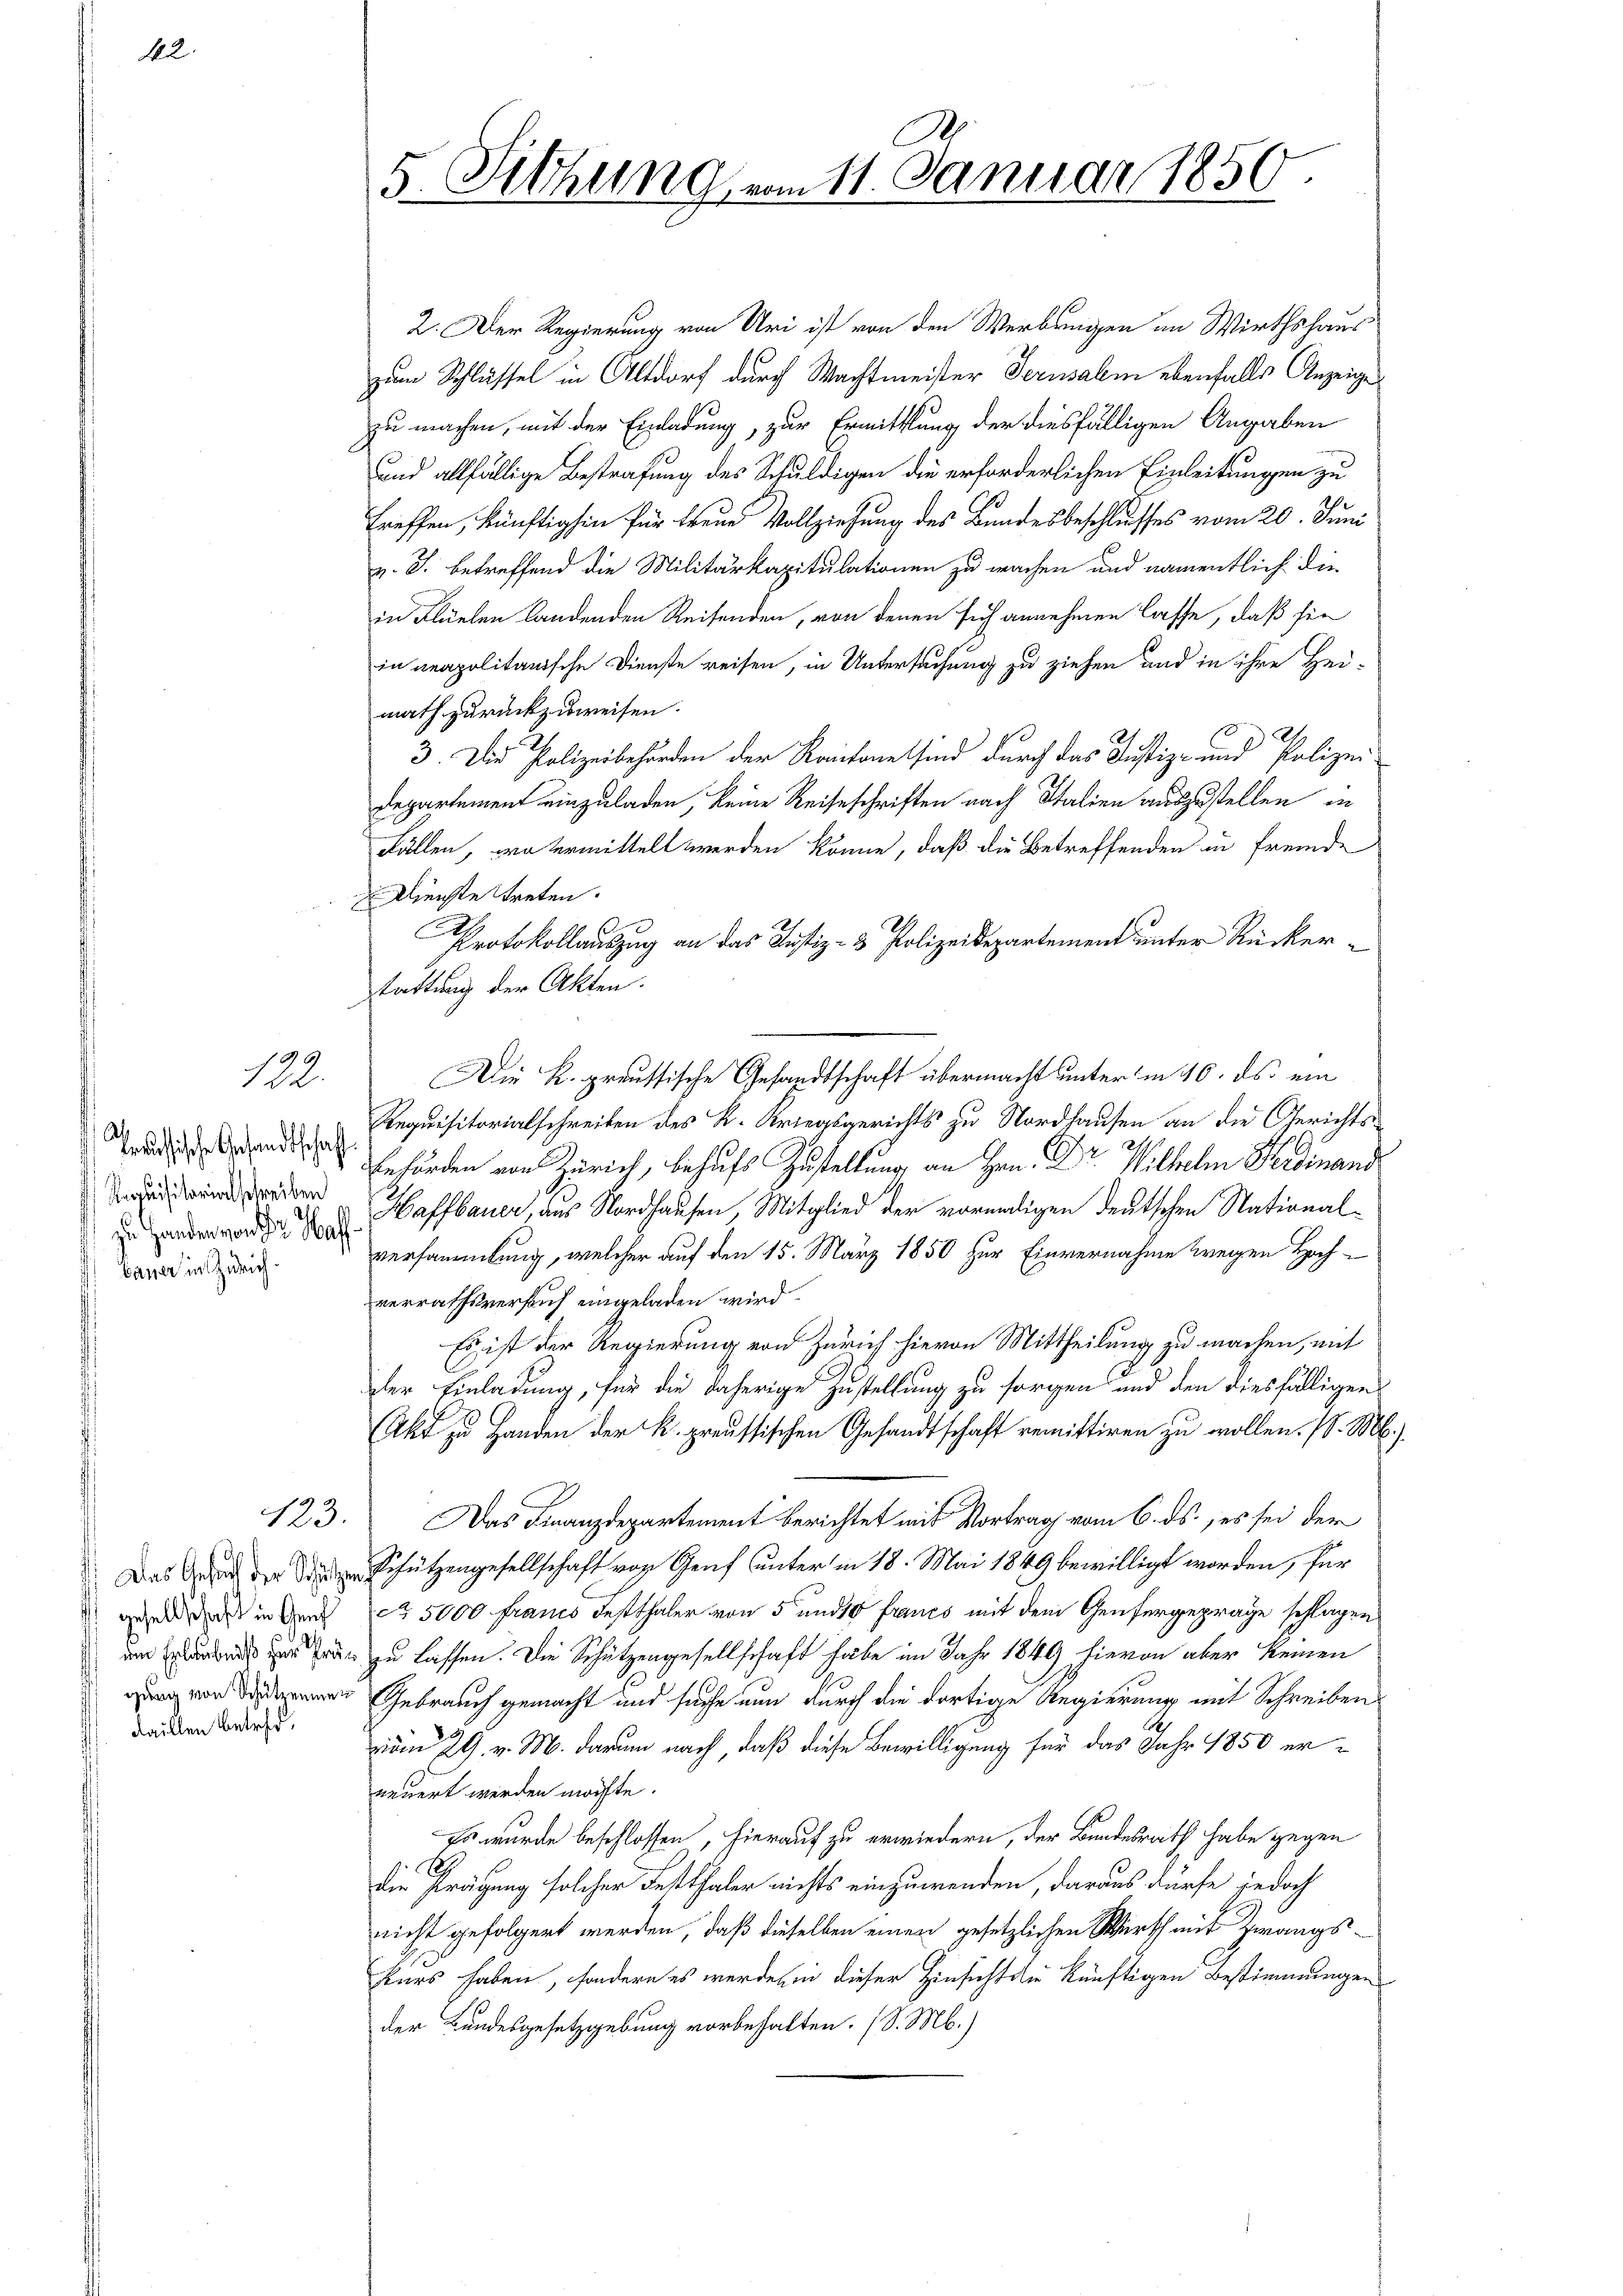
122.

echische Gesandtschaft
Requisitorial schreiben
 zu Handen von der Haff¬
 Bauer in Zürich.

123.

) Das Ansuch der Schützen
gesellschaft in Genf
gung von Schützenmen
daillen Betref¬

5. Jthung vom 11. Januar 1850.

2. Der Regierung von Uri ist von den Verbringen im Wirthshaus
zum Schlüssel in Altdorf durch Wachtmeister Jerusalm ebenfalls Anzeige
zu machen, mit der Einladung, zur Ermittlung der diesfälligen Angaben
und allfällige Bestrafung des Schuldigen die erforderlichen Einleitungen zu
treffen, künftighin für treue Vollziehung des Bundesbeschlusses vom 20. Juni
v. J. betreffend die Militärkapitulationen zu wachen und namentlich die
in Flüelen landenden Reisenden, von denen sich annehmen lasse, daß sie
in neapolitanische Dienste reisen, in Untersuchung zu ziehen und in ihre Hei-
math zurückzuweisen.
E
3. Die Polizeibehörden der Kantone sind durch das Justiz- und Polizei
Departement einzuladen, keine Reiseschriften nach Italien auszustellen, in
Fällen, wo vermittelt werden könne, daß die Betreffenden in Fremde
Dienste treten.
Protokollauszug an das Justiz- & Polizeidepartement unter Rückertattung der Akten.
Die K. preussische Gesandtschaft übermacht unter in 10. ds. ein
Requisitorialschreiben des K. Kriegsgerichts zu Nordhausen an die Gerichts¬
Behörden von Zürich, behufs Zustellung an Hrn. Dr. Wilhelm Ferdinand
Haffbauer, aus Nordhausen, Mitglied der voründigen deutschen Nationalversammlung, welcher auf den 15. März 1850 zur Einvernahme wegen Hochverrathsversauf eingeladen wird.
Es ist der Regierung von Zürich hievon Mittheilung zu machen, mit
der Einladung, für die daherige Zustellung zu sorgen und den diesfälligen
Akt zu Handen der K. preussischen Gesandtschaft remittiren zu wollen. (l. M.,
Das Finanzdepartement berichtet mit Vortrag vom 6. ds., es sei der
Schützengesellschaft von Genf unter in 18. Mai 1849 bewilligt worden, für
ca 5000 francs Festthaler von 5 und 10 Fraues mit dem Genfergepräge schlagen
dem Erlaubniß zur Prag zu lassen. Die Schützengesellschaft habe im Jahr 1849 hievon aber keinen
Gebrauch gemacht und suche nun durch die dortige Regierung mit Schreiben
vom 29. v. M. darum nach, daß diese Bewilligung für das Jahr 1850 erneuert werden möchte.
Es wurde beschlossen, hierauf zu erwiedern, der Bundesrath habe gegen
E
die Prägung solcher Festthaler nichts einzuwenden, daraus dürfe jedoch
nicht gefolgert werden, daß dieselben einen gesetzlichen Wirth mit Zwangskurs haben, sondern es werde, in dieser Hinsicht die künftigen Bestimmungen
der Bundesgesetzgebung vorbehalten. (S. M.)